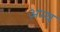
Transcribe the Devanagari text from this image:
अन्य्